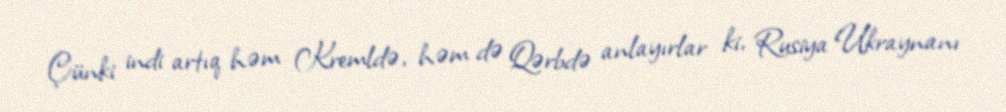
Çünki indi artıq həm Kremldə, həm də Qərbdə anlayırlar ki, Rusiya Ukraynanı